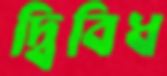
দ্বিবিধ